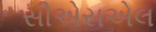
સીએસએલ